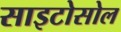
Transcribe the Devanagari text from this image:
साइटोसोल